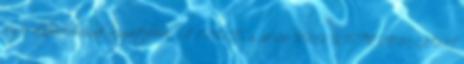
régió alapiskoláinak részvételével. ÁPRILIS 5. 10:00 VMK KISTEREM GIMI